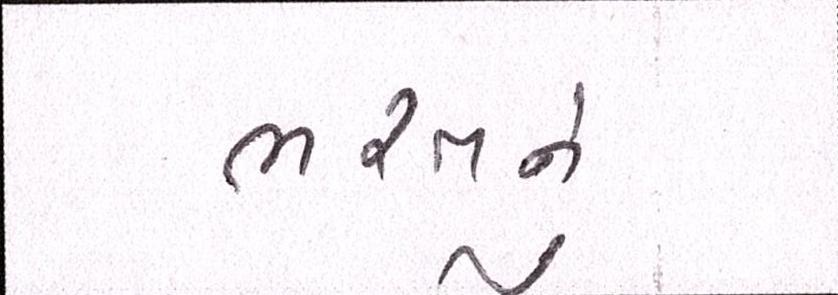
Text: ભરતનું